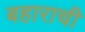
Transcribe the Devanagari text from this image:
बहाराची